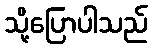
သို့ပြောပါသည်